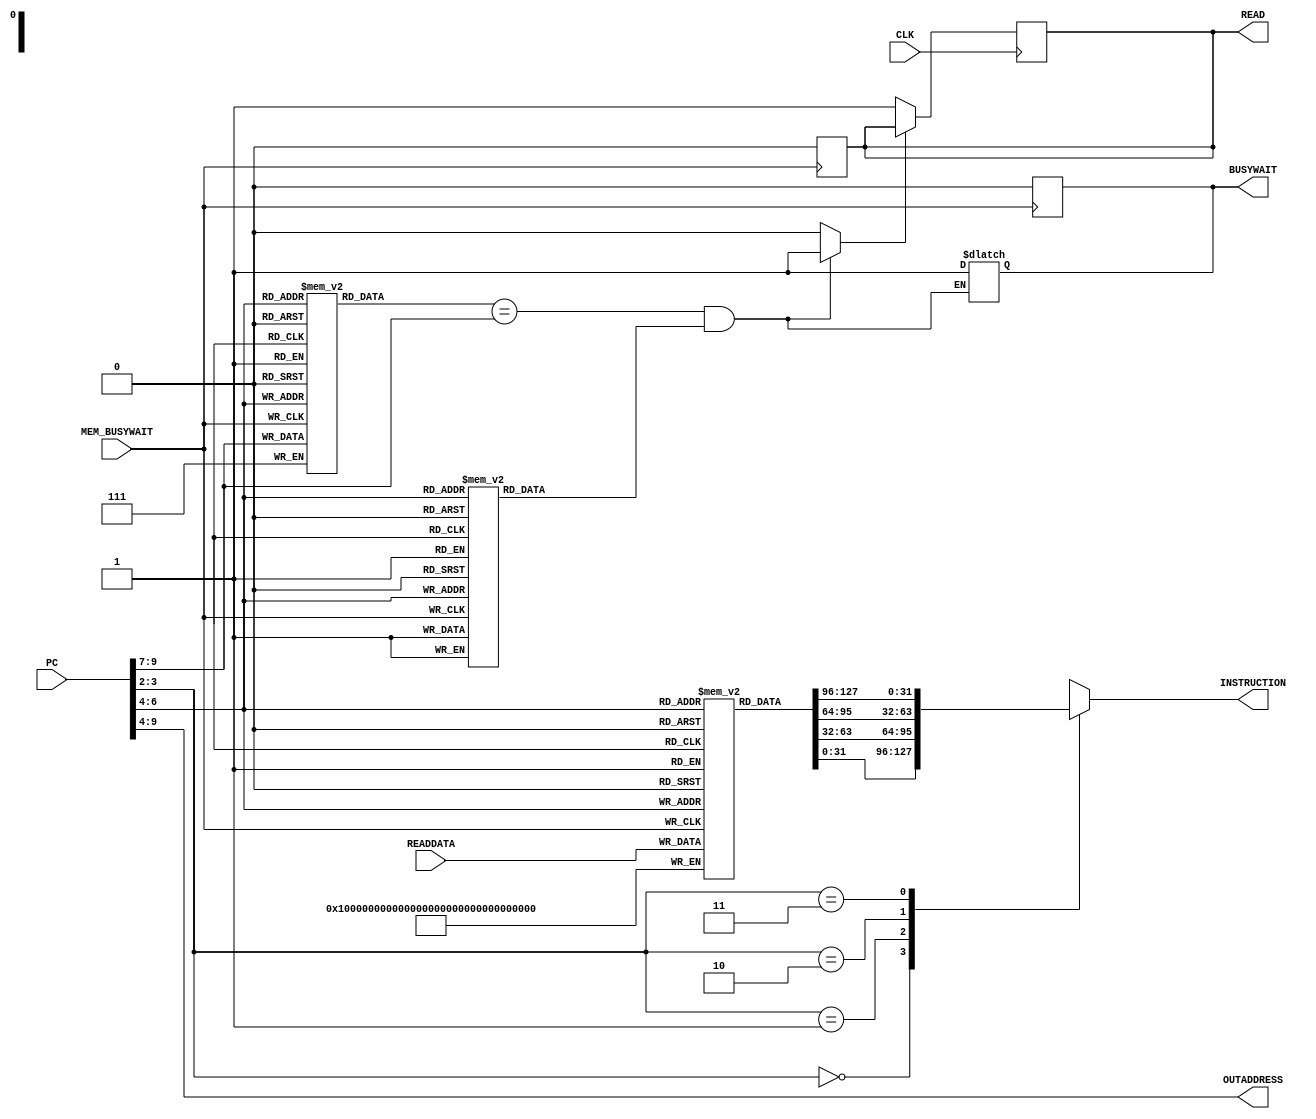
module icache(CLK, MEM_BUSYWAIT, PC, READDATA, READ, BUSYWAIT, OUTADDRESS, INSTRUCTION);

    // DECLARING TERMINALS AS INPUTS AND OUTPUTS
    input CLK, MEM_BUSYWAIT;
    input[31:0] PC;
    input[127:0] READDATA;
    output reg READ, BUSYWAIT;
    output reg[5:0] OUTADDRESS;
    output reg[31:0] INSTRUCTION;

    // INST_MEM = 1024 * 8 bits, 256 INSTRUCTIONS
    // 256 INSTRUCTIONS TO 32 (8 BLOCKS TO 1)
    reg[127:0] CACHE_MEM[7:0]; // 16 BYTES (4 INSRUCTIONS) IN 1 BLOCK

    reg[2:0] ADDRESSTAG[7:0]; // STORES THE TAG OF THE CORRESPONDING BLOCK
    reg VALIDBIT[7:0]; // STORES THE VALID BIT OF THE CORRESPONDING BLOCK

    // MEMORY ELEMENT RESET
    // THIS BLOCK INIALLY SET THE VALID BIT AND TAG ARRAYS TO ZERO
    integer i;
    initial
        for (i = 0; i < 8; i++) begin
                VALIDBIT[i] = 1'b0;
                ADDRESSTAG[i] = 3'b0;
            end

    // ADDRESS DECODING
    // SPITTING THE PC INTO TAG, INDEX, OFFSET AND OUTADDRESS
    reg[1:0] OFFSET;
    reg[2:0] INDEX, TAG;
    always @ (PC) begin // 2 LSBs OF THE PC ARE 0
        OFFSET = PC[3:2];
        INDEX = PC[6:4];
        TAG = PC[9:7];
        OUTADDRESS = PC[9:4];
    end

    // INDEXING
    // CHOSING THE CORRESPONDING DATABLOCK, TAG AND VALID BIT FOR THE CURRENT PC VALUE
    reg[127:0] DATABLOCK;
    reg[2:0] CACHETAG;
    reg VALID;
    always @ (*) begin
        #1
        DATABLOCK = CACHE_MEM[INDEX];
        CACHETAG = ADDRESSTAG[INDEX];
        VALID = VALIDBIT[INDEX];
    end

    // TAG COMPARISON
    // DETERMINE WHETHER THE CURRENT STATE IS A HIT OR A MISS
    reg HIT;
    always @ (*)
        #0.9
        if (CACHETAG == TAG && VALID == 1'b1) begin
            HIT = 1'b1;
        end
        else begin
            HIT = 1'b0;
            BUSYWAIT = 1'b1;
        end

    // READ HIT

    // CACHE READ
    // SELECTING THE CORRECT INSTRUCTION FROM THE DATABLOCK ACCORDING TO THE OFFSET
    always @ (*)
            case(OFFSET)
                2'b00 : 
                    #1 INSTRUCTION = DATABLOCK[31:0];
                2'b01 : 
                    #1 INSTRUCTION = DATABLOCK[63:32];
                2'b10 : 
                    #1 INSTRUCTION = DATABLOCK[95:64];
                2'b11 : 
                    #1 INSTRUCTION = DATABLOCK[127:96];
            endcase

    // READ MISS

    // READ SIGNAL GENERATION FOR THE INSTRUCTION MEMORY
    always @ (posedge CLK)
        if (HIT == 1'b0)
            READ = 1'b1;

    // CACHE WRITE
    // CACHE WRITING WHEN AFTER READING FROM THE INSTRUCTION MEMORY
    always @ (negedge MEM_BUSYWAIT) begin
        #1 
        CACHE_MEM[INDEX] = READDATA;
        READ = 1'b0;
        ADDRESSTAG[INDEX] = TAG;
        VALIDBIT[INDEX] = 1'b1;
        BUSYWAIT = 1'b0;
    end

endmodule